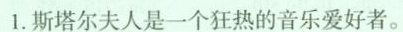
1.斯塔尔夫人是一个狂热的音乐爱好者。